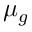
\mu _ { g }